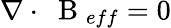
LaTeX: \nabla\cdot\mathrm{~\mathbf~B~}_{eff}=0